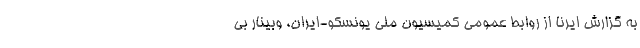
به گزارش ایرنا از روابط عمومی کمیسیون ملی یونسکو-ایران، وبینار بی